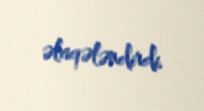
əlaqələndirdi.